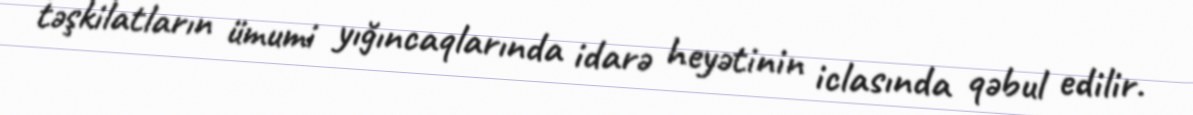
təşkilatların ümumi yığıncaqlarında idarə heyətinin iclasında qəbul edilir.